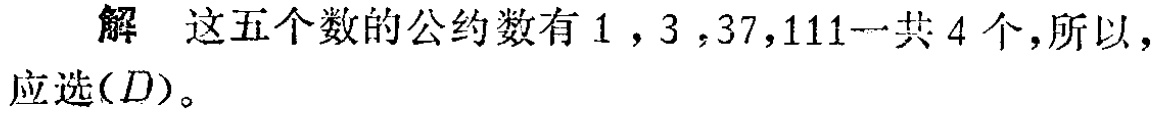
解 这五个数的公约数有\(1\)，\(3\)，\(37\)，\(111\)一共\(4\)个,所以，应选\((D)\)。